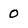
Character: 0